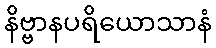
နိဗ္ဗာနပရိယောသာနံ